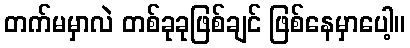
တက်မမှာလဲ တစ်ခုခုဖြစ်ချင် ဖြစ်နေမှာပေါ့။